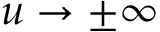
u \rightarrow \pm \infty